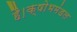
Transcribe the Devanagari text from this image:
है।क्षोभमंडल